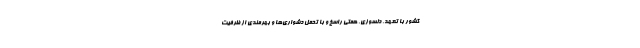
کشور با تعهد، دلسوزی، همتی راسخ و با تحمل دشواری‌ها و بهرمندی از ظرفیت